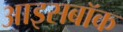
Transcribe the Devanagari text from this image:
आइसबॉक